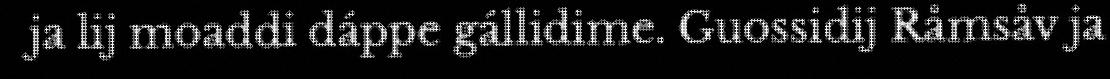
ja lij moaddi dáppe gállidime. Guossidij Råmsåv ja